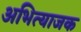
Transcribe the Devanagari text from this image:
अभित्याजक